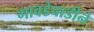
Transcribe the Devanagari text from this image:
गावडेवाडीने